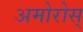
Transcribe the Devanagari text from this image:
अमोरोस्